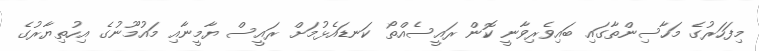
މިފަހަރުގެ މަހާސިންތާގައި ބައިވެރިވާނީ ކޮން ރައީސެއްތޯ ކަނޑައެޅުމަށް ރައީސް ޔާމީނާއި މައުމޫނުގެ އިހުތިޔާރުގެ